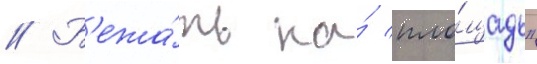
// Б'ежа́ть на́ пло́щадь"